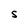
Character: S